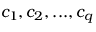
c _ { 1 } , c _ { 2 } , . . . , c _ { q }